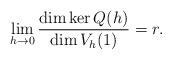
LaTeX: \begin{align*}\lim_{h \rightarrow 0} \frac{\dim \ker Q(h)}{\dim V_h(1)} = r.\end{align*}